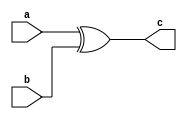
module xoring(a,b,c);

input [15:0]a,b;
output [15:0]c;

assign c[15:0]=a[15:0] ^ b[15:0];

endmodule